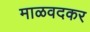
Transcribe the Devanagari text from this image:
माळवदकर